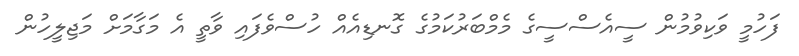
ފަހުމީ ވަކިވުމުން ސީއެސްސީގެ މެމްބަރުކަމުގެ ގޮނޑިއެއް ހުސްވެފައި ވާތީ އެ މަގާމަށް މަޖިލީހުން